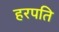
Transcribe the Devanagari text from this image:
हरपति